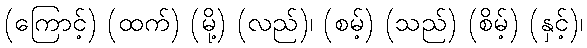
(ကြောင့်) (ထက်) (မို့) (လည်)၊ (စမ့်) (သည်) (စိမ့်) (နှင့်)၊